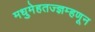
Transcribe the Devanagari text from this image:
मधुमेहतज्ज्ञम्हणून